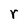
Character: r